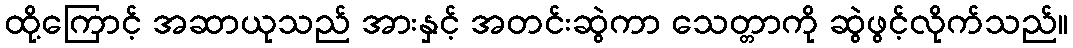
ထို့ကြောင့် အဆာယုသည် အားနှင့် အတင်းဆွဲကာ သေတ္တာကို ဆွဲဖွင့်လိုက်သည်။